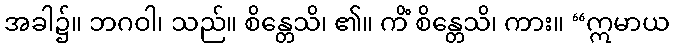
အခါ၌။ ဘဂဝါ၊ သည်။ စိန္တေသိ၊ ၏။ ကိံ စိန္တေသိ၊ ကား။ “ဣမာယ